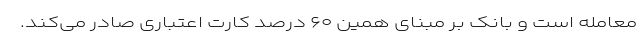
معامله است و بانک بر مبنای همین ۶۰ درصد کارت اعتباری صادر می‌کند.